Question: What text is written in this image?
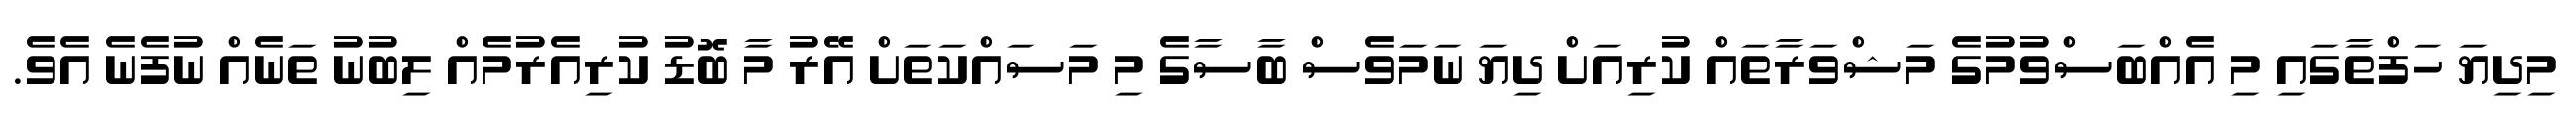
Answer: މިދިޔަ ހަފްތާގައި މި އެއްބަސްވުމުގެ މަޝްވަރާތައް ކުރިއަށް ދިޔަ ނަމަވެސް ބާސާގެ މި މަސައްކަތަށް އޭރު މާ ބޮޑު ކުރިއެރުމެއް ލިބުނު ތަނެއް ނުފެނެ އެވެ.